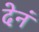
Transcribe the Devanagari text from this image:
देनं